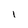
Character: l